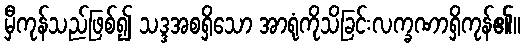
မှီကုန်သည်ဖြစ်၍ သဒ္ဒအစရှိသော အာရုံကိုသိခြင်းလက္ခဏာရှိကုန်၏။